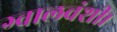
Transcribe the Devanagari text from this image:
ग्वालवंशी।